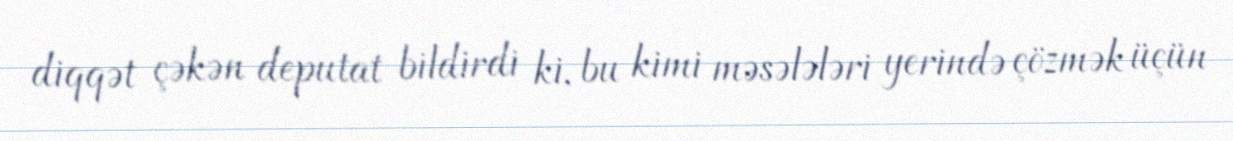
diqqət çəkən deputat bildirdi ki, bu kimi məsələləri yerində çözmək üçün